画像に写った文字を読んでください
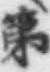
「第」と書いてあります